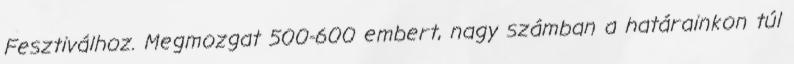
Fesztiválhoz. Megmozgat 500-600 embert, nagy számban a határainkon túl